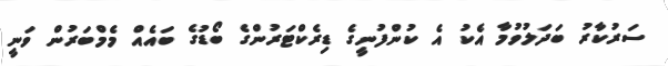
ސަރުކާރު ބަދަލުވުމާ އެކު އެ ކުންފުނީގެ ޑިރެކްޓަރުންގެ ބޯޑުގެ ބައެއް މެމްބަރުން ވަނީ